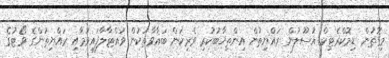
މިގޮތުން ޑިމޮކްރެޓިކް އުސޫލުން ރައްޔިތުން އިންތިޚާބުކުރި ވެރިކަން ބަޣާވާތަކުން ވައްޓާލާފައިވުމާއި ރައްޔިތުންގެ ވޯޓުގެ